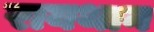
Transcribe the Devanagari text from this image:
रायथान